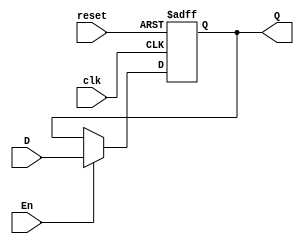
//BLOQUE 1
module flip_flop4(input clk, reset,En, input [3:0]D, output reg [3:0]Q);
  always @ (posedge clk or posedge reset)begin
    if (reset)
      Q <= 4'b0;
    else if (En)
      Q <= D;
  end
endmodule

module fetch(input clk, reset,En, input [7:0]D, output [3:0]instr, oprnd);

 flip_flop4 b1(clk, reset, En, D[7:4], instr);
 flip_flop4 b2(clk, reset, En, D[3:0], oprnd);

endmodule

module contador(input wire clk,reset,En,load,
 input wire [11:0]load2,
 output reg [11:0]q);

  always @(posedge clk or posedge reset) begin
    if(reset)
    q <= 12'b000000000000;
    else if(load)
    q <= load2;
    else if(En)
    q <= q + 1;
  end
endmodule

module memoriaROM(input wire [11:0]localidad, output wire [7:0]respuesta);

  reg [7:0] cerebro [0:4095];

    initial begin
      $readmemh("memory.list", cerebro);
    end

  assign respuesta = cerebro[localidad];

endmodule

//BLOQUE 2
module BUSDRIVER1(input [3:0] Entrada, input En, output [3:0] salida);
  assign salida = (En) ? Entrada:4'bz;
endmodule

module BUSDRIVER2(input [3:0] Entrada, input En, output [3:0] salida);
  assign salida = (En) ? Entrada:4'bz;
endmodule

// ALU
module ALU(input [3:0] A, B,
           input [2:0] comando,
           output C, Zero,
           output [3:0] Salida);

    reg [4:0] cbl;

    always @ (A, B, comando)
        case (comando)
            3'b000: cbl = A;
            3'b001: cbl = A - B;
            3'b010: cbl = B;
            3'b011: cbl = A + B;
            3'b100: cbl = {1'b0, ~(A & B)};
            default: cbl = 5'b10101;
        endcase

    assign Salida = cbl[3:0];
    assign C = cbl[4];
    assign Zero = ~(cbl[3] | cbl[2] | cbl[1] | cbl[0]);

endmodule

module acumulador(input clk, reset,En, input [3:0]D, output reg [3:0]Q);
  always @ (posedge clk or posedge reset)begin
    if (reset)
      Q <= 4'b0;
    else if (En)
      Q <= D;
  end
endmodule

// DECODER
module DECODER (input [6:0]Entrada, output reg [12:0]Salida);
  always @ (Entrada)begin
          Salida = 13'b0000000000000;
        casex (Entrada)
          7'bxxxxxx0 : Salida   <=   13'b1000000001000;
          7'b00001x1:  Salida   <=   13'b0100000001000;
          7'b00000x1:  Salida   <=   13'b1000000001000;
          7'b00011x1:  Salida   <=   13'b1000000001000;
          7'b00010x1:  Salida   <=   13'b0100000001000;
          7'b0010xx1:  Salida   <=   13'b0001001000010;
          7'b0011xx1:  Salida   <=   13'b1001001100000;
          7'b0100xx1:  Salida   <=   13'b0011010000010;
          7'b0101xx1:  Salida   <=   13'b0011010000100;
          7'b0110xx1:  Salida   <=   13'b1011010100000;
          7'b0111xx1:  Salida   <=   13'b1000000111000;
          7'b1000x11:  Salida   <=   13'b0100000001000;
          7'b1000x01:  Salida   <=   13'b1000000001000;
          7'b1001x11:  Salida   <=   13'b1000000001000;
          7'b1001x01:  Salida   <=   13'b0100000001000;
          7'b1010xx1:  Salida   <=   13'b0011011000010;
          7'b1011xx1:  Salida   <=   13'b1011011100000;
          7'b1100xx1:  Salida   <=   13'b0100000001000;
          7'b1101xx1:  Salida   <=   13'b0000000001001;
          7'b1110xx1:  Salida   <=   13'b0011100000010;
          7'b1111xx1:  Salida   <=   13'b1011100100000;
        endcase
  end
endmodule

// IMPLEMENTACION DE LA RAM
module RAM(input cs, we, input [11:0]address_RAM, output [3:0]data);

 reg [3:0]data_out;
 reg [3:0] mem[0:4095];

 assign data = (cs && !we) ? data_out : 4'bzzzz;
 always @ (address_RAM or data or cs or we )
   begin: MEM_WRITE
       if (cs && we)
          mem[address_RAM] = data;
 end

 always @ (address_RAM or cs or we)
  begin: MEM_READ
       if (cs && !we)
          data_out = mem[address_RAM];
 end
endmodule

// IMPLEMENTACION DE PHASE
module flipflop(input clk, reset, D, output reg Q);
  always @ (posedge clk, posedge reset)
    if (reset)
      Q <= 1'b0;
    else
      Q <= D;
endmodule

module PHASE(input clk, reset, output Q);// DUDA
  wire clb;

  assign clb = ~Q;

  flipflop c(clk, reset, clb, Q);
endmodule //PHASE

// IMPLEMENTACION DE OUTPUTS
module OUTPUTS(input clk, reset,En, input [3:0]D, output reg [3:0]Q);
 always @ (posedge clk or posedge reset)begin
   if (reset)
     Q <= 4'b0;
   else if (En)
     Q <= D;
 end
endmodule


// IMPLEMENTACION DE INPUTS
module INPUTS (input [3:0] Entrada, input En, output [3:0] salida);
  assign salida = (En) ? Entrada:4'bz;
endmodule //INPUTS

// IMPLEMENTACION DE FLAGS
module flip_flop_D(input clk, reset, En, input wire D, output reg Q);

 always @ (posedge clk or posedge reset)begin
   if (reset)
     Q <= 1'b0;
   else if (En)
     Q <= D;
 end

endmodule

module FLAGS(input clk, reset,En, D, D1, output zero, carry);

 flip_flop_D Z(clk, reset, En, D, zero);
 flip_flop_D C(clk, reset, En, D1, carry);

endmodule


module uP(input clock, reset, input [3:0]pushbuttons, output phase, c_flag, z_flag,
  output [3:0]instr, oprnd, accu, data_bus, FF_out, output [7:0]program_byte,
  output [11:0]PC, address_RAM);

  wire incPC, loadPC, loadA, loadFlags, csRAM, weRAM, oeALU, oeIN, oeOprnd, loadOut;
  wire [12:0]control_signals;
  wire [3:0]salida_ALU;
  wire [2:0]comando_ALU;
  wire zero,carry;
  wire [6:0]in_decode;

  assign incPC = control_signals[12];
  assign loadPC = control_signals[11];
  assign loadA = control_signals[10];
  assign loadFlags = control_signals[9];
  assign comando_ALU = control_signals[8:6];
  assign csRAM = control_signals[5];
  assign weRAM = control_signals[4];
  assign oeALU = control_signals[3];
  assign oeIN = control_signals[2];
  assign oeOprnd = control_signals[1];
  assign loadOut = control_signals[0];

  assign address_RAM = {oprnd, program_byte};
  assign in_decode = {instr,c_flag,z_flag,phase};

  contador Pc(clock,reset,incPC,loadPC,address_RAM,PC);
  memoriaROM ProgramROM(PC,program_byte);
  fetch Fetch(clock,reset,~phase,program_byte,instr,oprnd);
  BUSDRIVER1 Busdriver1(oprnd,oeOprnd,data_bus);
  ALU ALU(accu,data_bus, comando_ALU,carry,zero,salida_ALU);
  acumulador ACCU(clock, reset, loadA,salida_ALU,accu);
  BUSDRIVER2 Busdriver2(salida_ALU,oeALU,data_bus);
  INPUTS Inputs(pushbuttons,oeIN,data_bus);
  OUTPUTS Ouputs(clock,reset,loadOut,data_bus,FF_out);
  RAM RAM(csRAM,weRAM,address_RAM,data_bus);
  PHASE Phase(clock, reset,phase);
  FLAGS Flags(clock,reset,loadFlags,zero,carry,z_flag,c_flag);
  DECODER Decoder(in_decode,control_signals);

endmodule //